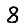
Digit: 8